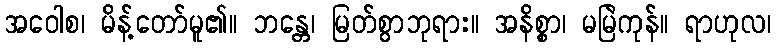
အဝေါစ၊ မိန့်တော်မူ၏။ ဘန္တေ၊ မြတ်စွာဘုရား။ အနိစ္စာ၊ မမြဲကုန်။ ရာဟုလ၊